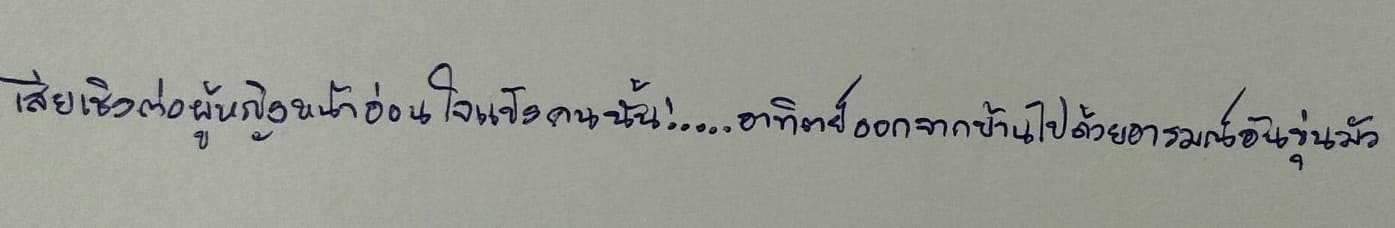
เสียเชิงต่อผู้หญิงหน้าอ่อนใจแข็งคนนั้น!....อาทิตย์ออกจากบ้านไปด้วยอารมณ์อันขุ่นมัว